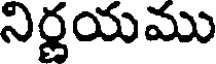
నిర్ణయము